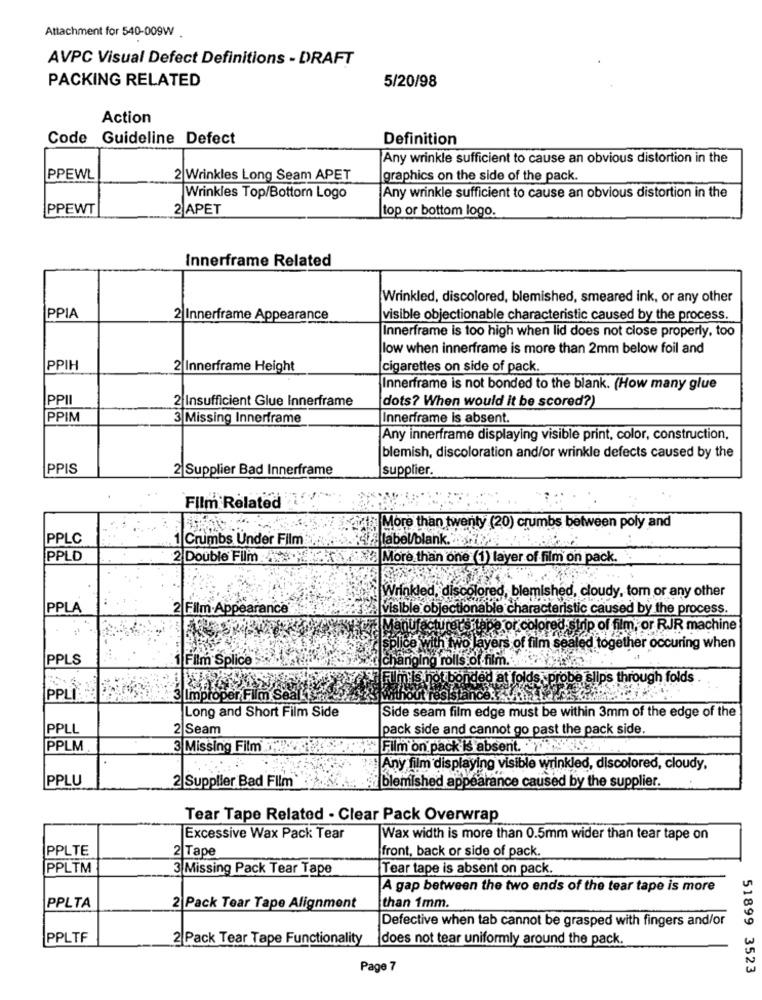
Attachment for 540-009W .
AVPC Visual Defect Definitions - DRAFT
PACKING RELATED
5/20/98
Action
Code
Guideline Defect
Definition
Any wrinkle sufficient to cause an obvious distortion in the
PPEWL
2|Wrinkles Long Seam APET
graphics on the side of the pack.
Wrinkles Top/Bottom Logo
Any wrinkle sufficient to cause an obvious distortion in the
PPEWT
2 APET
top or bottom logo.
Innerframe Related
Wrinkled, discolored, blemished, smeared ink, or any other
PPIA
2 Innerframe Appearance
visible objectionable characteristic caused by the process.
Innerframe is too high when lid does not close properly, too
low when innerframe is more than 2mm below foil and
PPIH
2 Innerframe Height
cigarettes on side of pack
Innerframe is not bonded to the blank. (How many glue
PPII
2 Insufficient Glue Innerframe
dots? When would it be scored?)
PPIM
3 Missing Innerframe
Innerframe is absent.
Any innerframe displaying visible print, color, construction,
blemish, discoloration and/or wrinkle defects caused by the
PPIS
2 Supplier Bad Innerframe
supplier.
Film Related
More than twenty (20) crumbs between poly and
PPLC
1 Crumbs Under Film
label/blank.
PPLD
2 Double Film . .. . More than one (1) layer of film on pack.
Wrink
d, disco
blemished, cloudy, tom or any other
PPLA
2 Film Appearance
visible objection
aracteristic caused by the process.
colo
p of film, or RJR machine
h two lay
ers of film sealed together occuring when
PPLS
Film Splice
a roll's.
be slips through folds
PPLI
3Improper Film Seal
Long and Short Film Side
Side seam film edge must be within 3mm of the edge of the
PPLL
2 Seam
pack side and cannot go past the pack side.
PPLM
3 Missing Film 3:5 9
Film on pack is absent.
Any film displaying visible wrinkled, discolored, cloudy,
PPLU
2 Supplier Bad Film
blemished appearance caused by the supplier.
Tear Tape Related - Clear Pack Overwrap
Excessive Wax Pack Tear
Wax width is more than 0.5mm wider than tear tape on
PPLTE
2 Tape
front, back or side of pack.
PPLTM
3 Missing Pack Tear Tape
Tear tape is absent on pack.
A gap between the two ends of the tear tape is more
PPLTA
2 Pack Tear Tape Alignment
than 1mm.
Defective when tab cannot be grasped with fingers and/or
PPLTF
2 Pack Tear Tape Functionality
does not tear uniformly around the pack.
Page 7
51899 3523